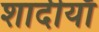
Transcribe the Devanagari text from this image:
शादीयाॅं